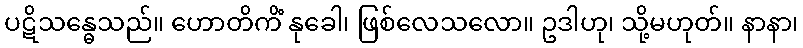
ပဋိသန္ဓေသည်။ ဟောတိကိံ နုခေါ၊ ဖြစ်လေသလော။ ဥဒါဟု၊ သို့မဟုတ်။ နာနာ၊